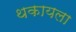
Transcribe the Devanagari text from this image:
थकायला